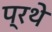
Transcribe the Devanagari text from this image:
प्रथे